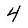
Character: 4